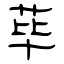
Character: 荜